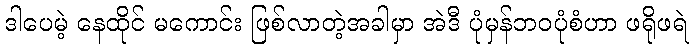
ဒါပေမဲ့ နေထိုင် မကောင်း ဖြစ်လာတဲ့အခါမှာ အဲဒီ ပုံမှန်ဘဝပုံစံဟာ ဖရိုဖရဲ